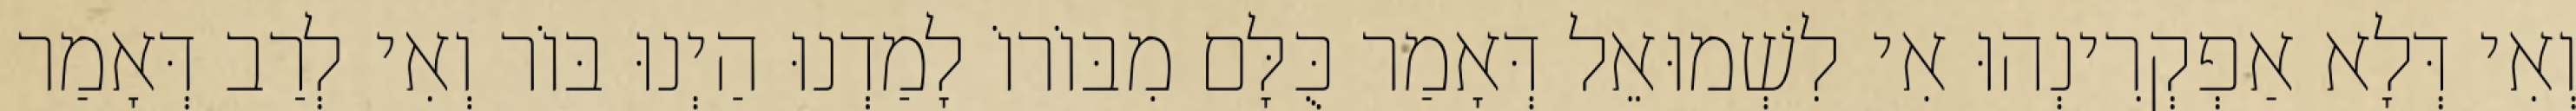
וְאִי דְּלָא אַפְקְרִינְהוּ אִי לִשְׁמוּאֵל דְּאָמַר כֻּלָּם מִבּוֹרוֹ לָמַדְנוּ הַיְנוּ בּוֹר וְאִי לְרַב דְּאָמַר